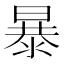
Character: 暴